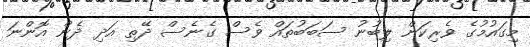
މިގައުމުގެ ވެރިކަން ލިބުނު ސަބަބުތައް ވެސް ގެނެސް ދޭތި އަދި ދެން އޮންނަ